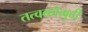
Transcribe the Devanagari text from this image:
तत्‍वकौमुदी